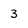
Character: 3